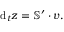
\mathrm { d } _ { t } \boldsymbol { z } = \mathbb { S } ^ { \prime } \cdot \boldsymbol { v } .